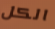
الكل